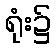
ရုံး၌